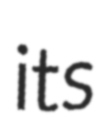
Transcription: its